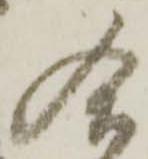
合